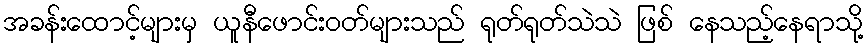
အခန်းထောင့်များမှ ယူနီဖောင်းဝတ်များသည် ရုတ်ရုတ်သဲသဲ ဖြစ် နေသည့်နေရာသို့